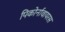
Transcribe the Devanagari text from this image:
पिकोर्नावायरस